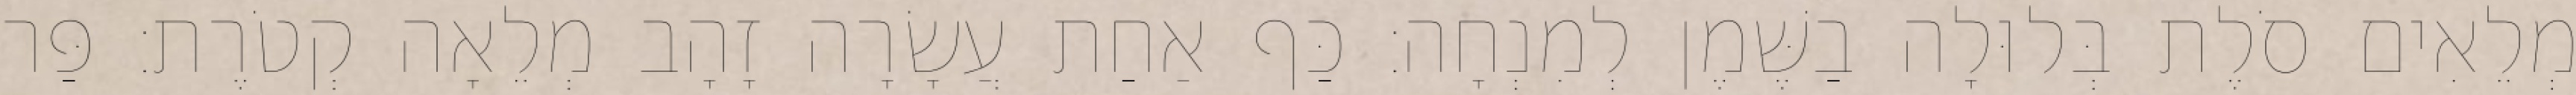
מְלֵאִים סֹלֶת בְּלוּלָה בַשֶּׁמֶן לְמִנְחָה׃ כַּף אַחַת עֲשָׂרָה זָהָב מְלֵאָה קְטֹרֶת׃ פַּר